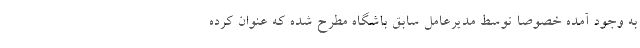
به وجود آمده خصوصاً توسط مدیرعامل سابق باشگاه مطرح شده که عنوان کرده